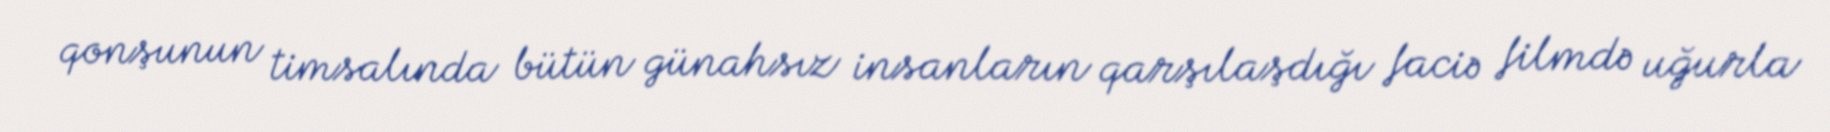
qonşunun timsalında bütün günahsız insanların qarşılaşdığı faciə filmdə uğurla